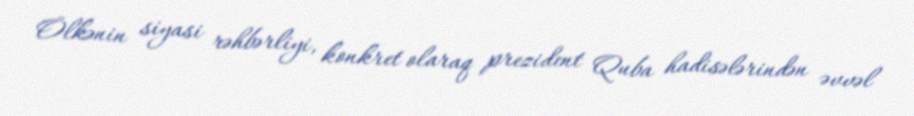
Ölkənin siyasi rəhbərliyi, konkret olaraq prezident Quba hadisələrindən əvvəl